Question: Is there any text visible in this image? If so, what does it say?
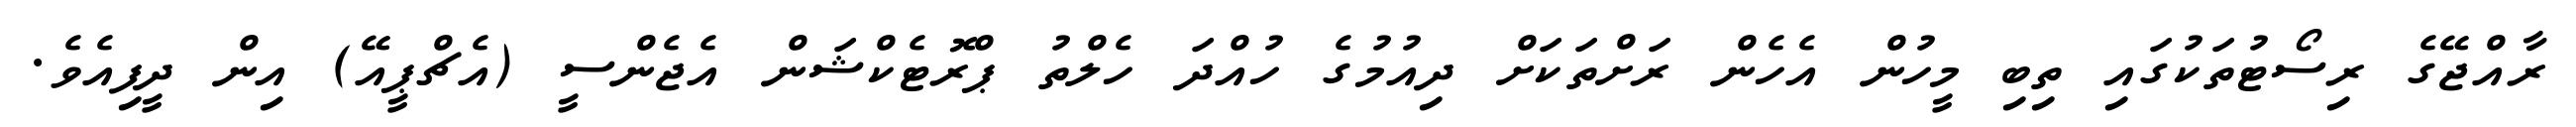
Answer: ރާއްޖޭގެ ރިސޯޓުތަކުގައި ތިބި މީހުން އެހެން ރަށްތަކަށް ދިއުމުގެ ހުއްދަ ހެލްތު ޕްރޮޓެކްޝަން އެޖެންސީ (އެޗްޕީއޭ) އިން ދީފިއެވެ.